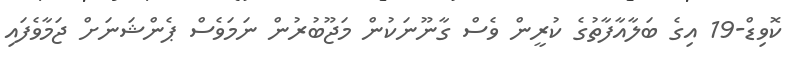
ކޮވިޑް-19 އިގެ ބަލާއާފާތުގެ ކުރީން ވެސް ގާނޫނަކުން މަޖޫބުރުން ނަމަވެސް ޕެންޝަނަށް ޖަމާވެފައި